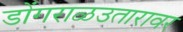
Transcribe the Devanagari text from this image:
डोंगराळउतारावर